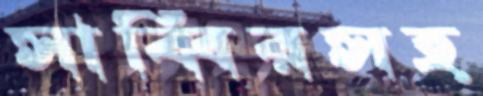
সাব্বিরসহ